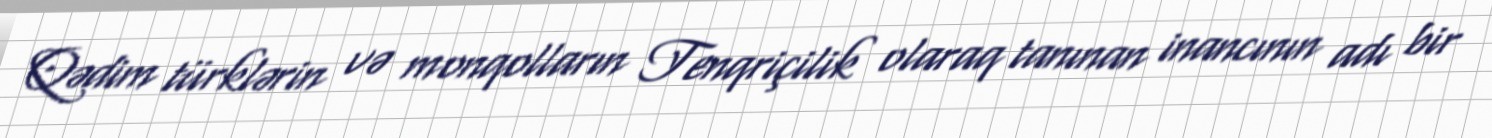
Qədim türklərin və monqolların Tenqriçilik olaraq tanınan inancının adı bir